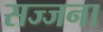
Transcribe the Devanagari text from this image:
सज्जना